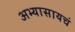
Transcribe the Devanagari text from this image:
अभ्यासायचं